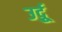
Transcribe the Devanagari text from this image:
उर्दुू